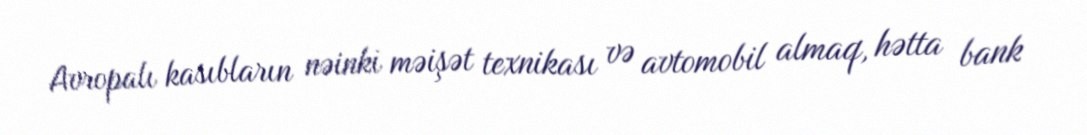
Avropalı kasıbların nəinki məişət texnikası və avtomobil almaq, hətta bank